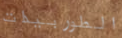
الطوربيدات